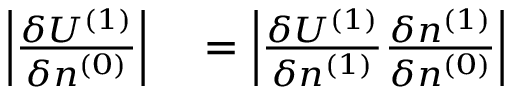
\begin{array} { r l } { \left\vert \frac { \delta { \cal U } ^ { ( 1 ) } } { \delta n ^ { ( 0 ) } } \right\vert } & { { } = \left\vert \frac { \delta { \cal U } ^ { ( 1 ) } } { \delta n ^ { ( 1 ) } } \frac { \delta n ^ { ( 1 ) } } { \delta n ^ { ( 0 ) } } \right\vert } \end{array}